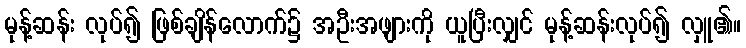
မုန့်ဆန်း လုပ်၍ ဖြစ်ချိန်လောက်၌ အဦးအဖျားကို ယူပြီးလျှင် မုန့်ဆန်းလုပ်၍ လှူ၏။